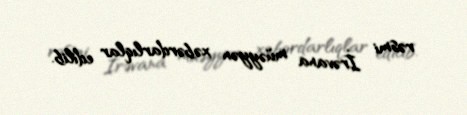
rəsmi İrəvana müəyyən xəbərdarlıqlar edilib.